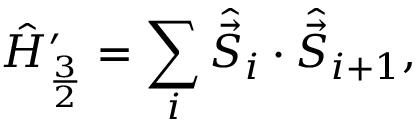
\hat { H } _ { \frac { 3 } { 2 } } ^ { \prime } = \sum _ { i } \hat { \vec { S } } _ { i } \cdot \hat { \vec { S } } _ { i + 1 } ,